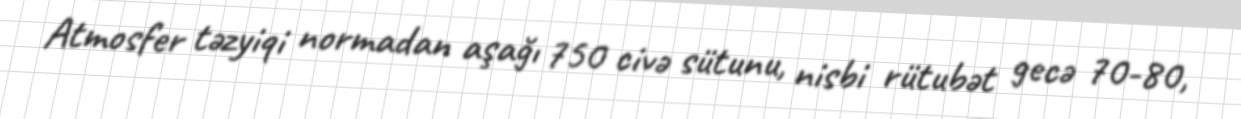
Atmosfer təzyiqi normadan aşağı 750 civə sütunu, nisbi rütubət gecə 70-80,